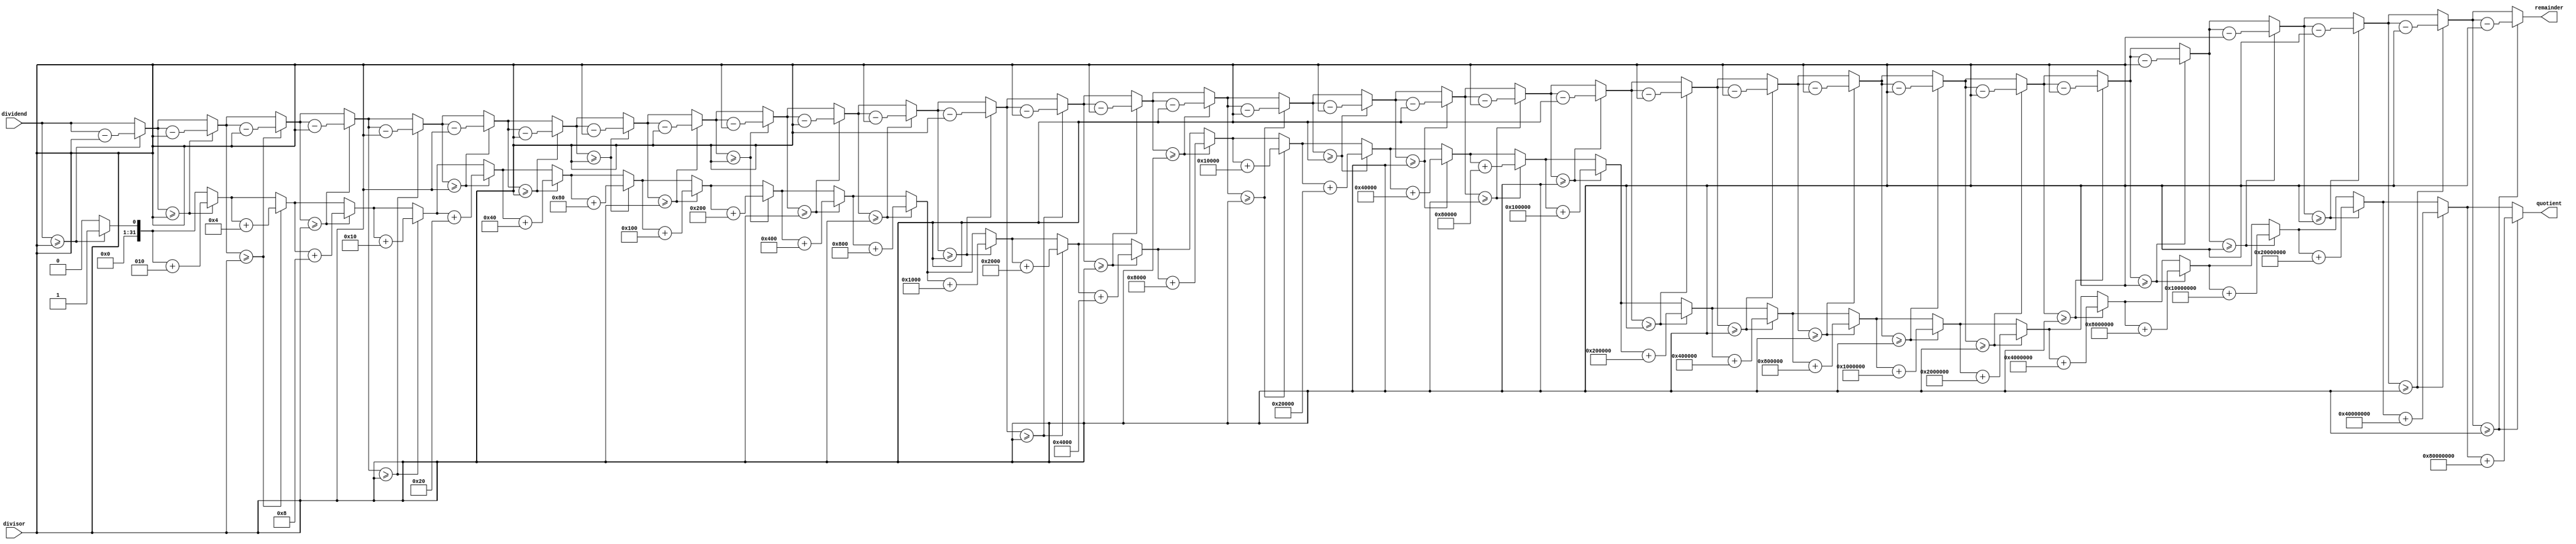
module Counter_Based_Divider(
    input signed [31:0] dividend,
    input signed [31:0] divisor,
    output reg signed [31:0] quotient,
    output reg signed [31:0] remainder
);

reg signed [31:0] result, remainder_temp;
reg [31:0] counter;

always @(*) begin
    result = 0;
    remainder_temp = dividend;
    for (counter=0; counter<32; counter=counter+1) begin
        if (remainder_temp >= divisor) begin
            result = result + (1 << counter);
            remainder_temp = remainder_temp - divisor;
        end
        remainder = remainder_temp;
    end
    quotient = result;
end

endmodule